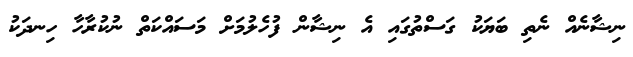
ނިޝާނެއް ނެތި ބަޔަކު ގަސްތުގައި އެ ނިޝާން ފުހެލުމަށް މަސައްކަތް ނުކުރާހާ ހިނދަކު